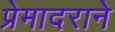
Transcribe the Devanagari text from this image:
प्रेमादराने